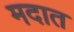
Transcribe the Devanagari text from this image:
मदात